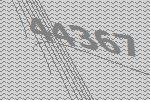
44367